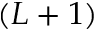
( L + 1 )